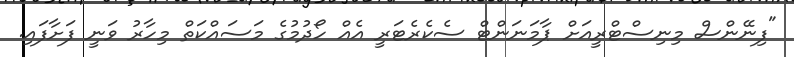
"ފިނޭންސް މިނިސްޓްރީއަށް ޕާމަނަންޓް ސެކެރެޓަރީ އެއް ހޯދުމުގެ މަސައްކަތް މިހާރު ވަނީ ފަށާފައި.